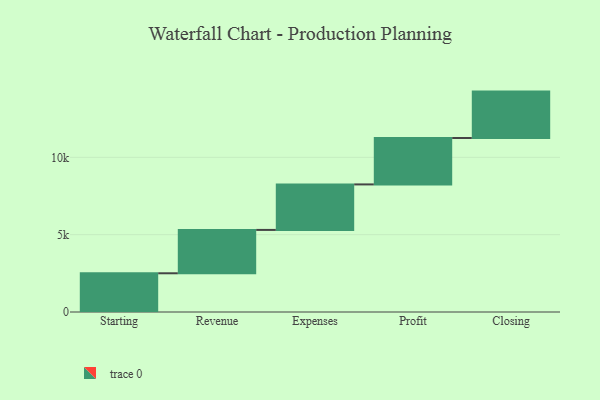
{"axis": {"x": "Step", "y": "Value"}, "legend": [""], "data": [{"x": "Starting", "y": 2503.0, "type": ""}, {"x": "Revenue", "y": 2803.0, "type": ""}, {"x": "Expenses", "y": 2942.0, "type": ""}, {"x": "Profit", "y": 3000, "type": ""}, {"x": "Closing", "y": 3000, "type": ""}]}